Riigikantselei, lk 19
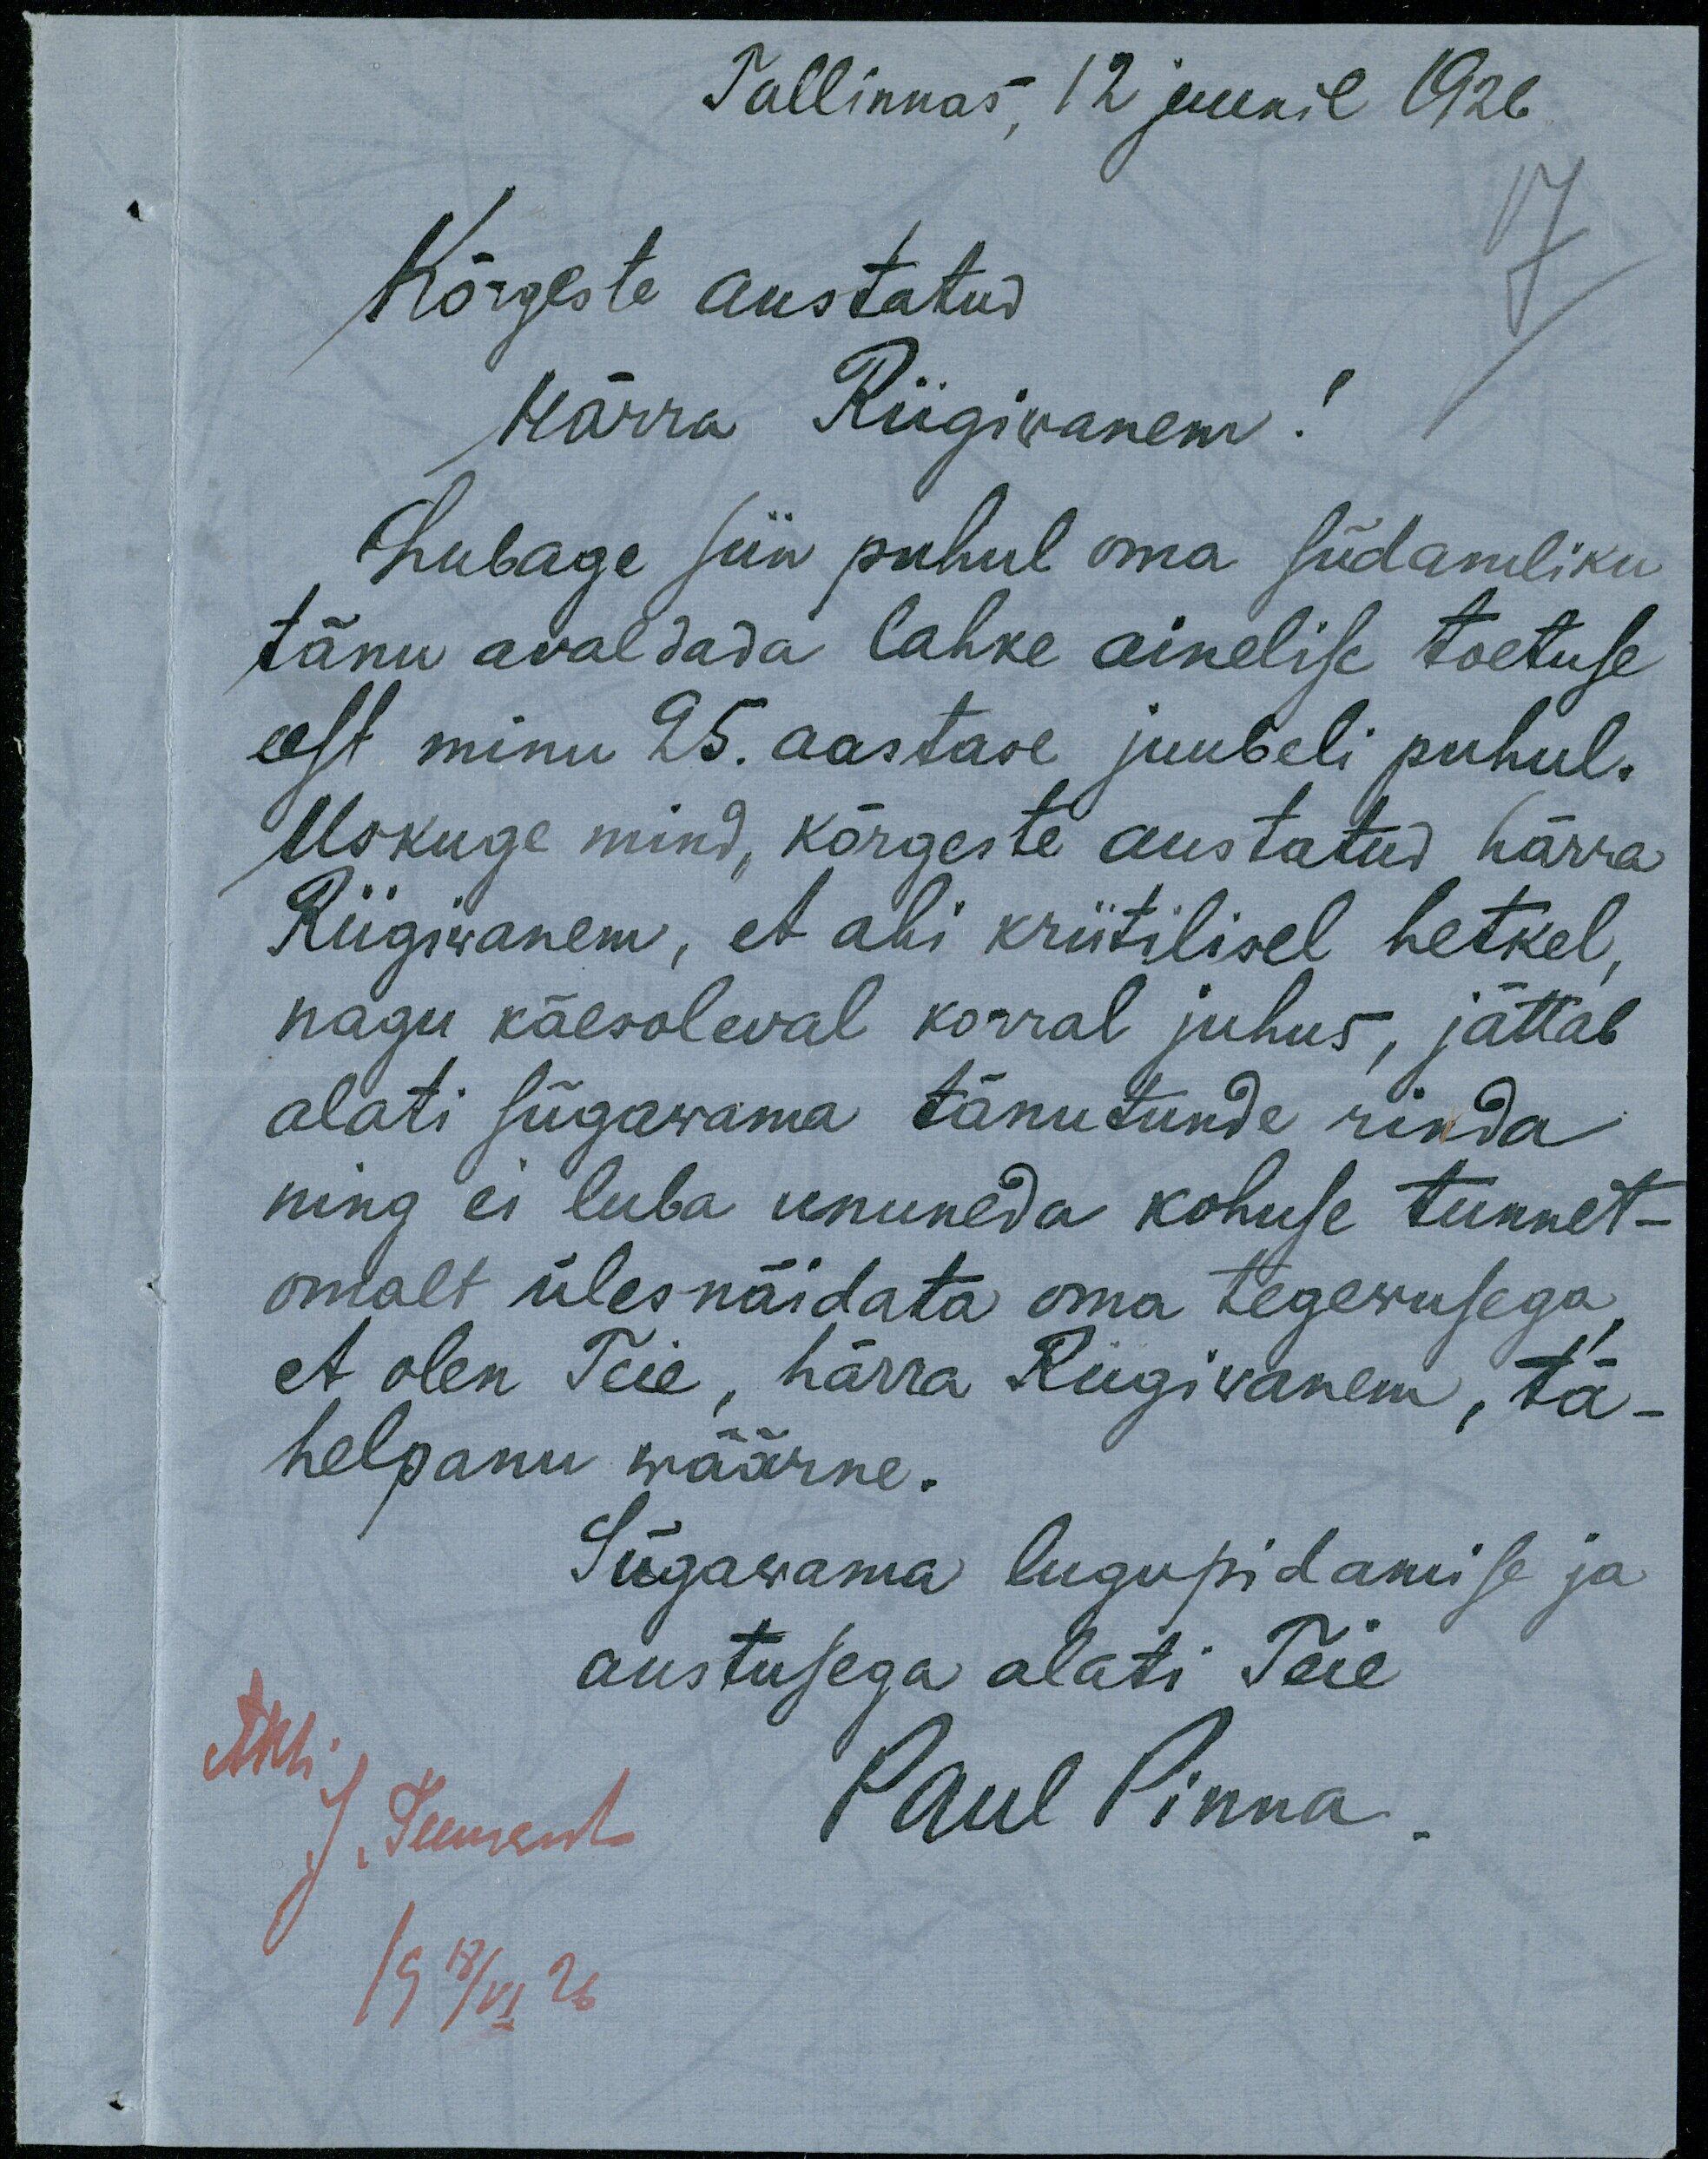
Tallinnas, 12 juunil 1926
Kõrgeste austatud
Härra Riigivanem!
lubage siin puhul oma südamliku
tänu avaldada lahke ainelise toetuse
eest minu 25. aastase juubeli puhul.
Uskuge mind, kõrgeste austatud härra
Riigivanem, et asi kriitilisel hetkel,
nagu käesoleval korral juhus, jättab
alai sügavama tänu tunde rinda
ning ei luba unustada kohuse tunnet-
omalt üles näidata oma tegevusega,
et olen Teie, härra Riigivanem, tä-
helepanu väärne.
Sügavama lugupidamisega ja
austusega alati Teie
Akh.
Paul Pinna.
J. Teemant
19 18/VI 26